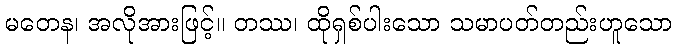
မတေန၊ အလိုအားဖြင့်။ တဿ၊ ထိုရှစ်ပါးသော သမာပတ်တည်းဟူသော